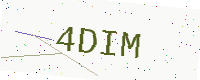
Text: 4DIM